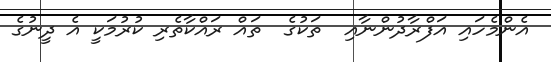
އެންމެހައި އަފްރާދުންނާއި  ތަކުގެ  ތައް ރައްކާތެރި ކުރުމަކީ އެ ދީނުގެ